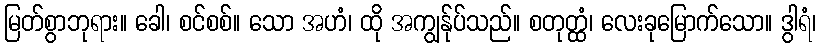
မြတ်စွာဘုရား။ ခေါ၊ စင်စစ်။ သော အဟံ၊ ထို အကျွန်ုပ်သည်။ စတုတ္ထံ၊ လေးခုမြောက်သော။ ဒွါရံ၊